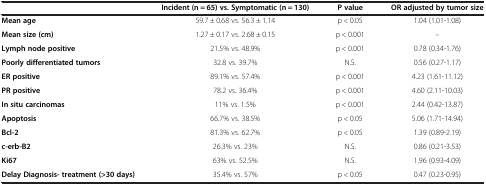
|  | Incident (n = 65) vs. Symptomatic (n = 130) | P value | OR adjusted by tumor size |
 | --- | --- | --- | --- |
 | Mean age | 59.7 ± 0.68 vs. 56.3 ± 1.14 | p < 0.05 | 1.04 (1.01-1.08) |
 | Mean size (cm) | 1.27 ± 0.17 vs. 2.68 ± 0.15 | p < 0.001 | -- |
 | Lymph node positive | 21.5% vs. 48.9% | p < 0.001 | 0.78 (0.34-1.76) |
 | Poorly differentiated tumors | 32.8 vs. 39.7% | N.S. | 0.56 (0.27-1.17) |
 | ER positive | 89.1% vs. 57.4% | p < 0.001 | 4.23 (1.61-11.12) |
 | PR positive | 78.2 vs. 36.4% | p < 0.001 | 4.60 (2.11-10.03) |
 | In situ carcinomas | 11% vs. 1.5% | p < 0.001 | 2.44 (0.42-13.87) |
 | Apoptosis | 66.7% vs. 38.5% | p < 0.05 | 5.06 (1.71-14.94) |
 | Bcl-2 | 81.3% vs. 62.7% | p < 0.05 | 1.39 (0.89-2.19) |
 | c-erb-B2 | 26.3% vs. 23% | N.S. | 0.86 (0.21-3.53) |
 | Ki67 | 63% vs. 52.5% | N.S. | 1.96 (0.93-4.09) |
 | Delay Diagnosis- treatment (>30 days) | 35.4% vs. 57% | p < 0.05 | 0.47 (0.23-0.95) |